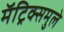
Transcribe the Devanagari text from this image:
मॅट्रिक्समुले